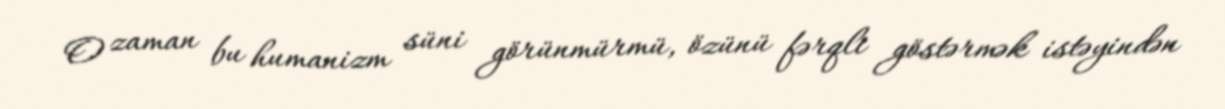
O zaman bu humanizm süni görünmürmü, özünü fərqli göstərmək istəyindən